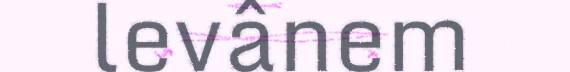
levânem